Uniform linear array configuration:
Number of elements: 24
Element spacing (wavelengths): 1
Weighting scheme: cosine
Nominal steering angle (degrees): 60
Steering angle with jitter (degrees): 59.1
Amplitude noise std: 0.05
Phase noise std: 0.05

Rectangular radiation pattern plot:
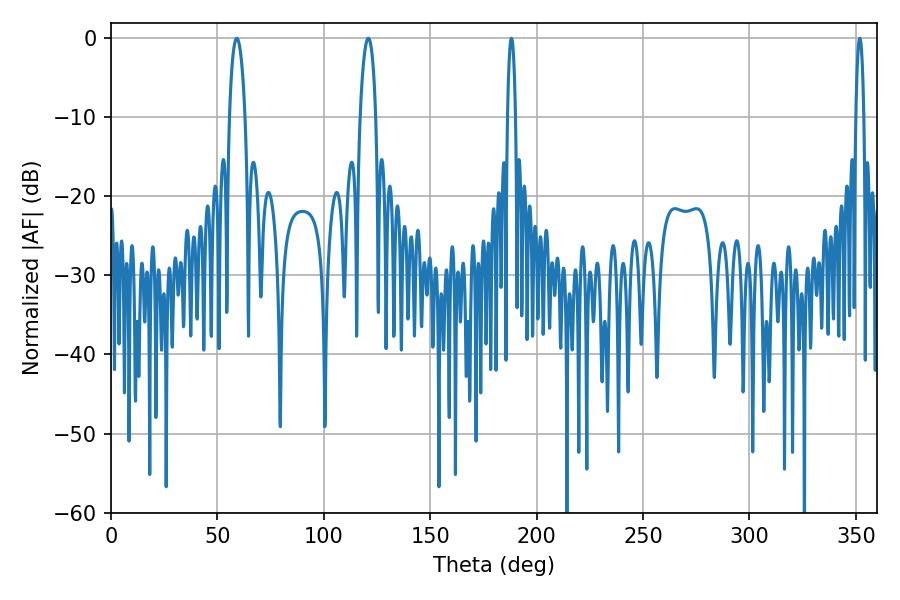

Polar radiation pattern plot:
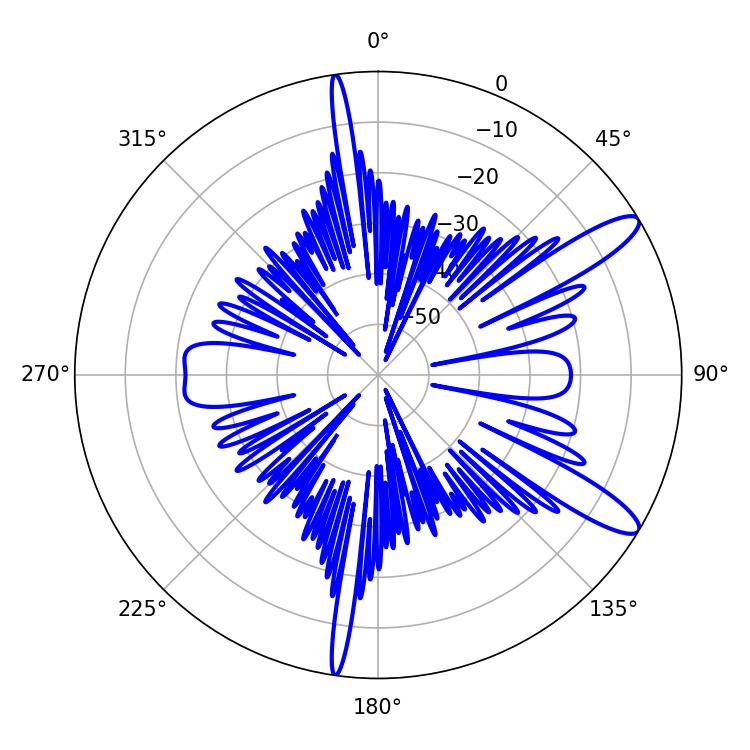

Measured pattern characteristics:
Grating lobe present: TRUE
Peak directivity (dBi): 12.004
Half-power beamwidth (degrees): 4.14
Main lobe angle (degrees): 59.04